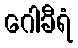
ဂေါခီရံ